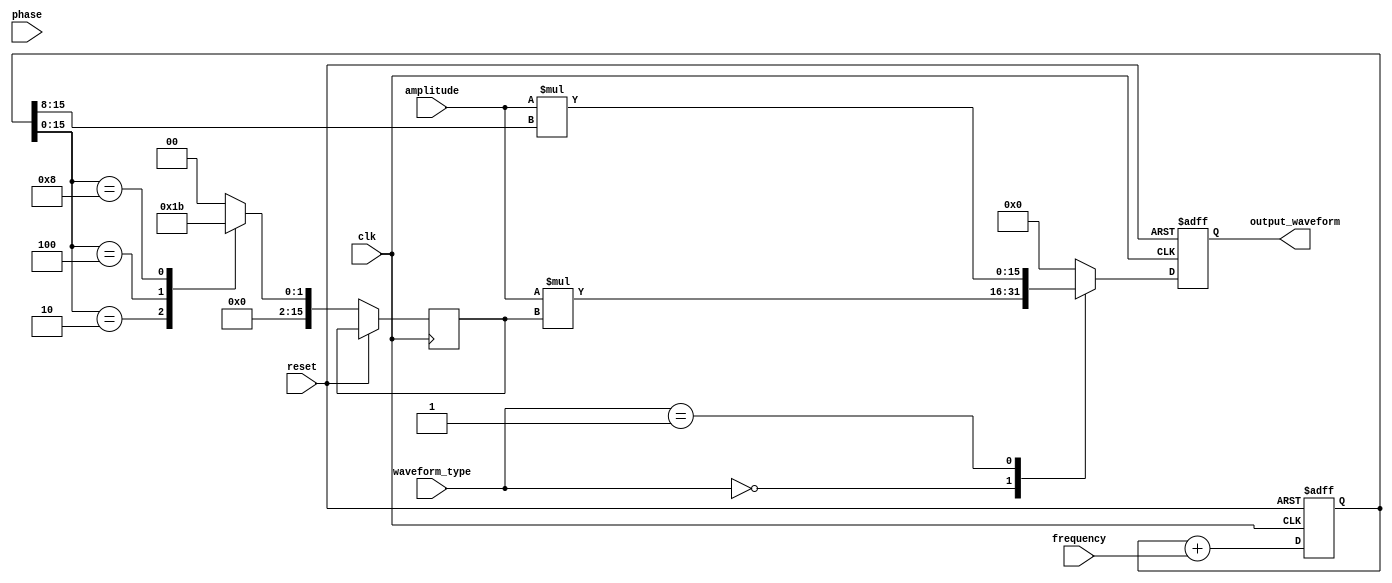
module LogarithmicWaveformGenerator (
    input wire clk,                 // Clock signal
    input wire reset,               // Reset signal
    input wire [15:0] frequency,    // Input frequency
    input wire [15:0] amplitude,     // Input amplitude
    input wire [15:0] phase,        // Input phase
    input wire [1:0] waveform_type, // Type of waveform (0: Logarithmic, 1: Exponential)
    output reg [15:0] output_waveform // Generated output waveform
);

    reg [31:0] phase_accumulator;   // Phase accumulator
    reg [15:0] log_value;            // Value after logarithmic transformation

    // Logarithmic function approximation using a simple lookup table
    function [15:0] log_approx;
        input [15:0] x;
        begin
            // Example: Simple LUT or polynomial approximation
            // This should be replaced with a more accurate approximation
            case (x)
                16'd1: log_approx = 16'd0;   // log(1) = 0
                16'd2: log_approx = 16'd1;   // log(2) = 1
                16'd4: log_approx = 16'd2;   // log(4) = 2
                16'd8: log_approx = 16'd3;   // log(8) = 3
                default: log_approx = 16'd0; // Default case
            endcase
        end
    endfunction

    // Phase accumulator for waveform generation
    always @(posedge clk or posedge reset) begin
        if (reset) begin
            phase_accumulator <= 32'd0;
            output_waveform <= 16'd0;
        end else begin
            // Update phase accumulator based on frequency
            phase_accumulator <= phase_accumulator + frequency;

            // Calculate logarithmic value based on phase
            log_value <= log_approx(phase_accumulator[15:0]);

            // Generate the output waveform based on the selected waveform type
            case (waveform_type)
                2'b00: output_waveform <= amplitude * log_value; // Logarithmic
                2'b01: output_waveform <= amplitude * (phase_accumulator[15:0] >> 8); // Exponential (simple)
                default: output_waveform <= 16'd0; // Default case
            endcase
        end
    end

endmodule